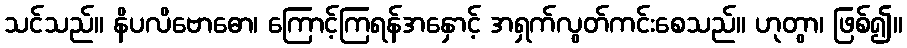
သင်သည်။ နိပလိဗောဓော၊ ကြောင့်ကြရန်အနှောင့် အရှက်လွတ်ကင်းစေသည်။ ဟုတွာ၊ ဖြစ်၍။